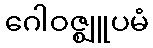
ဂေါဝဇ္ဈူပမံ